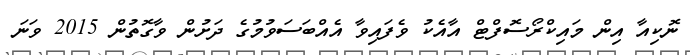
ނޮކިއާ އިން މައިކްރޯސަޮފްޓް އާއެކު ވެފައިވާ އެއްބަސަވުމުގެ ދަށުން ވާގޮތުން 2015 ވަނަ